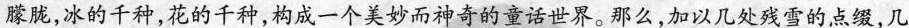
朦胧，冰的干种，花的千种，构成一个美妙而神奇的童话世界。那么，加以几处残雪的点缀，几